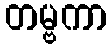
တမ္ဗကာ